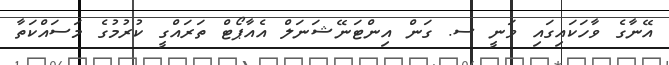
އޭނާގެ ވާހަކައިގައި ވަނީ ސ. ގަން އިންޓަނޭޝަނަލް އެއާޕޯޓް ތަރައްގީ ކުރުމުގެ މަސައްކަތާ